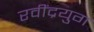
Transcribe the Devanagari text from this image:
रवींद्रयुग